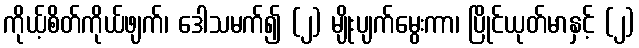
ကိုယ့်စိတ်ကိုယ်ဖျက်၊ ဒေါသမက်၍ (၂) မျိုးပျက်မွေးကာ၊ ပြိုင်ယုတ်မာနှင့် (၂)